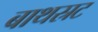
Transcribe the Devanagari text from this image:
बाथस्रट